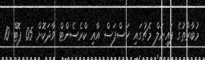
މުބާރާތުގެ ފައިނަލް މެޗުގައި ހަސްފަސް އާއި ކްރެސެންޓް ވާދަކޮށް 05 ޕޮޓް 10